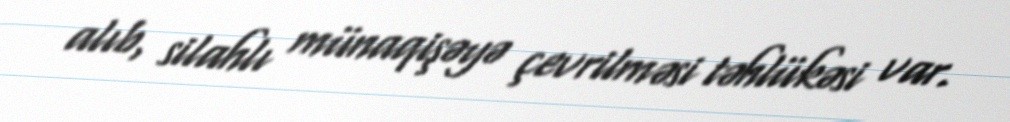
alıb, silahlı münaqişəyə çevrilməsi təhlükəsi var.